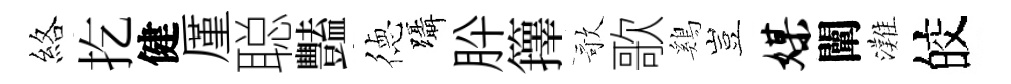
絡扢健厪聪豔徳躡肸籜歌歌鷄豈媒闡灘皎